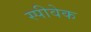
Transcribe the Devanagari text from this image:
स्पीवेक